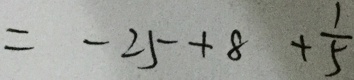
= - 2 5 + 8 + \frac { 1 } { 5 }